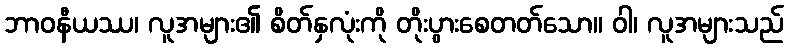
ဘာဝနီယဿ၊ လူအများ၏ စိတ်နှလုံးကို တိုးပွားစေတတ်သော။ ဝါ၊ လူအများသည်